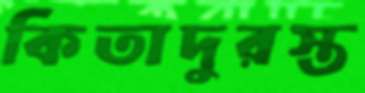
কিতাদুরস্ত